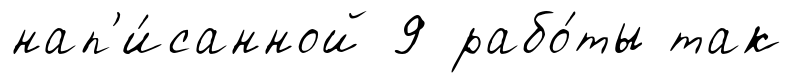
нап'и́санной 9 рабо́ты так